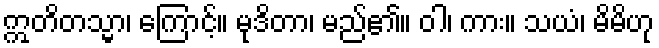
ဣတိတသ္မာ၊ ကြောင့်။ မုဒိတာ၊ မည်၏။ ဝါ၊ ကား။ သယံ၊ မိမိဟု